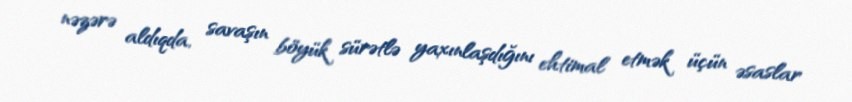
nəzərə aldıqda, savaşın böyük sürətlə yaxınlaşdığını ehtimal etmək üçün əsaslar